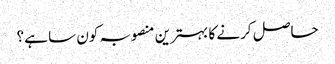
حاصل کرنے کا بہترین منصوبہ کون سا ہے؟